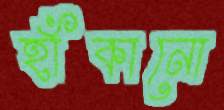
হাঁকানো